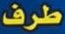
طرف